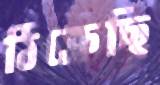
ঠিক্‌রেছি